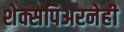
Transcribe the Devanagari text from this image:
शेक्सपिअरनेही